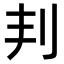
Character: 𠛉